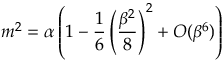
m ^ { 2 } = \alpha \left( 1 - \frac { 1 } { 6 } \left( \frac { \beta ^ { 2 } } { 8 } \right) ^ { 2 } + O ( \beta ^ { 6 } ) \right)